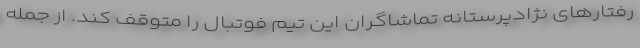
رفتارهای نژادپرستانه تماشاگران این تیم فوتبال را متوقف کند. از جمله